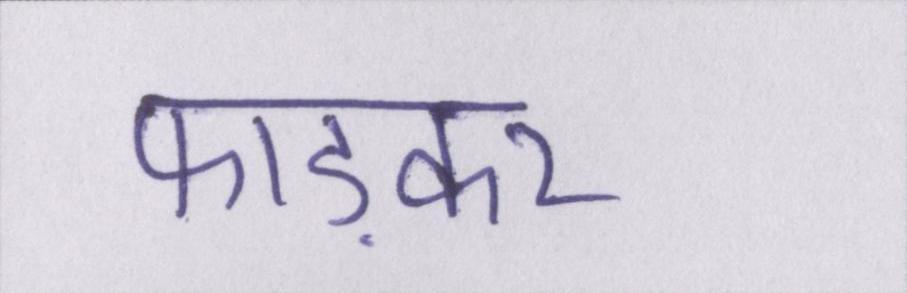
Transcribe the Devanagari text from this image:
फाड़कर